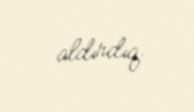
aldırdıq.